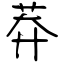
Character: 莽